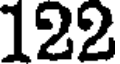
122